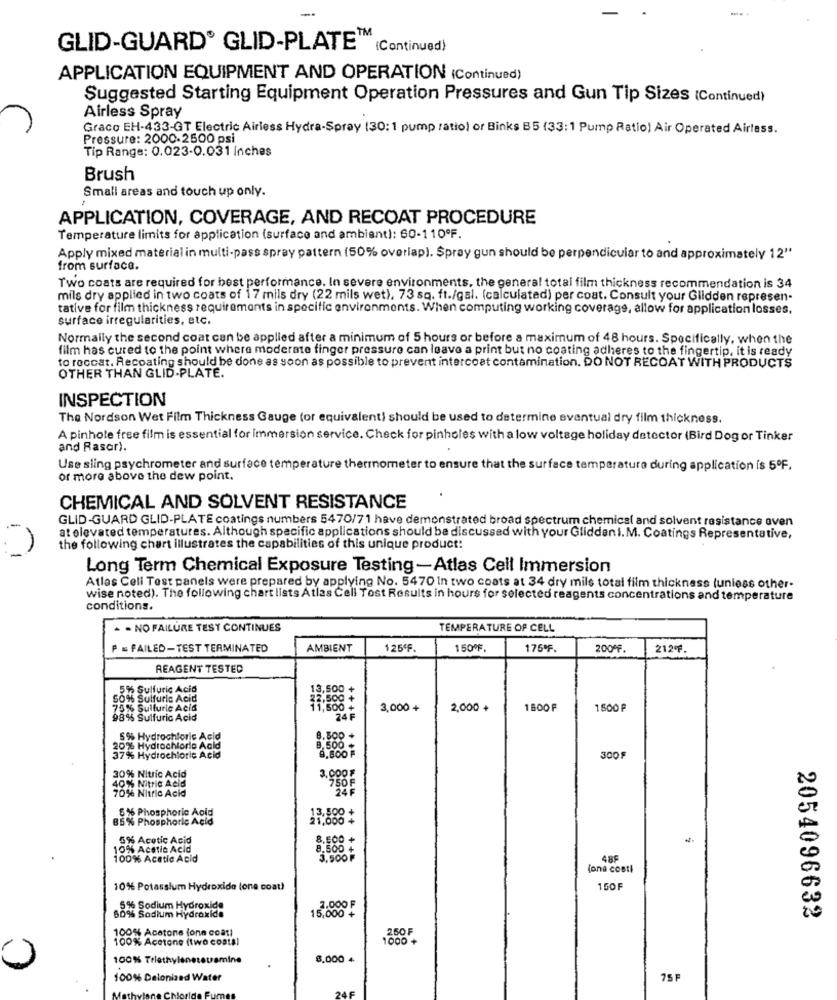
GLID-GUARD® GLID-PLATE (Continued)
APPLICATION EQUIPMENT AND OPERATION (Continued)
Suggested Starting Equipment Operation Pressures and Gun Tip Sizes (Continued)
Airless Spray
Graco EH-433-GT Electric Airless Hydra-Spray (30:1 pump ratio) or Binks B5 (33:1 Pump Ratio) Air Operated Airlass.
Pressure: 2000.2500 psi
Tip Range: 0.023-0.031 inches
Brush
Small areas and touch up only.
APPLICATION, COVERAGE, AND RECOAT PROCEDURE
Temperature limits for application (surface and ambient): 60-110ºF.
Apply mixed material in multi-pass spray pattern (50% overlap). Spray gun should be perpendicular to and approximately 12"
from surface.
Two coats are required for best performance. In severe environments, the general total film thickness recommendation is 34
mils dry applied in two coats of 17 mils dry (22 mils wet), 73 sq. ft./gal. (calculated) per cost. Consult your Gildden represen-
tative for film thickness requirements in specific environments. When computing working coverage, allow for application losses.
surface irregularities, etc.
Normally the second coat can be applied after a minimum of 5 hours or before a maximum of 48 hours. Specifically, when the
film has cured to the point where moderate finger pressure can leave a print but no coating adheres to the fingertip. it is ready
to reccat. Recoating should be done as soon as possible to prevent intercoat contamination. DO NOT RECOAT WITH PRODUCTS
OTHER THAN GLID-PLATE.
INSPECTION
The Nordson Wet Film Thickness Gauge (or equivalenti should be used to determine eventual dry film thickness.
A pinhole free film is essential for immersion service. Check for pinholes with a low voltage holiday detector (Bird Dog or Tinker
and Rasar).
Use sling psychrometer and surface temperature thermometer to ensure that the surface temperature during application is 5ºF.
or more above the dew point.
CHEMICAL AND SOLVENT RESISTANCE
GLID-GUARD GLID-PLATE coatings numbers 5470/71 have demonstrated broad spectrum chemical and solvent resistance oven
at elevated temperatures. Although specific applications should be discussed with your Gliddeni. M. Coatings Representative,
the following chart illustrates the capabilities of this unique product:
Long Term Chemical Exposure Testing-Atlas Cell Immersion
Atlas Cell Test panels were prepared by applying No. 5470 In two coats at 34 dry mils total film thickness (unless other-
wise noted). The following chart lists Atlas Cell Tost Results in hours for selected reagents concentrations and temperature
conditions.
- NO FAILURE TEST CONTINUES
TEMPERATURE OF CELL
FAILED-TEST TERMINATED
AMBIENT
125F
150ºF.
175ºF
200*F.
212F.
REAGENT TESTED
5% Sulfuric Acid
13,500 +
50%% Sulfuric Acid
32,500 +
75% Sulfuric Acid
11,500 +
3,000 +
2,000 +
1800 F
1500 F
98% Sulfuric Acid
24 F
5% Hydrochloric Acid
8.500 .
20% Hydrochloric Acid
8,500 +
37% Hydrochloric Acid
8,600 F
300F
30% Nitric Acid
40% Nitric Acid
3.000£
70% Nitric Acid
75OF
5 % Phosphoric Acid
85% Phosphoric Acid
21,000+
5% Acetic Acid
8.500 +
10% Acetic Acid
8.500 +
100% Acetic Acid
3,500 F
fona costi
10% Potassium Hydroxide (one coat)
150F
2.000 F
60% Sodium Hydroxide
5% Sodium Hydroxide
15,000 +
2054096632
100% Acetone (one coat)
260F
100% Acetone (two costa)
1000 +
100%% Trle
Ine
8,000 4
100% Delonized Water
75 F